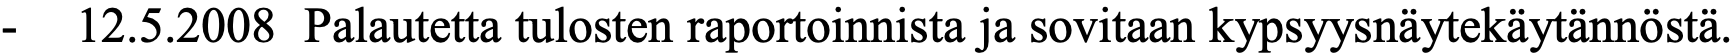
-  12.5.2008 Palautetta tulosten raportoinnista ja sovitaan kypsyysnäytekäytännöstä.